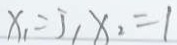
x _ { 1 } = 5 1 x _ { 2 } = 1